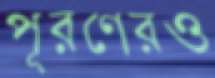
পূরণেরও